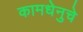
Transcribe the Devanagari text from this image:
कामधेनुचे